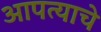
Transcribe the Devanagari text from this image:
आपत्याचे